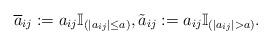
LaTeX: \begin{align*}\overline{a}_{ij}:=a_{ij}\mathbb{I}_{(\vert a_{ij}\vert\le a)},\tilde{a}_{ij}:=a_{ij}\mathbb{I}_{(\vert a_{ij}\vert> a)}.\end{align*}